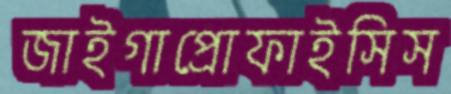
জাইগাপ্রোফাইসিস